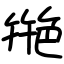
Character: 艵